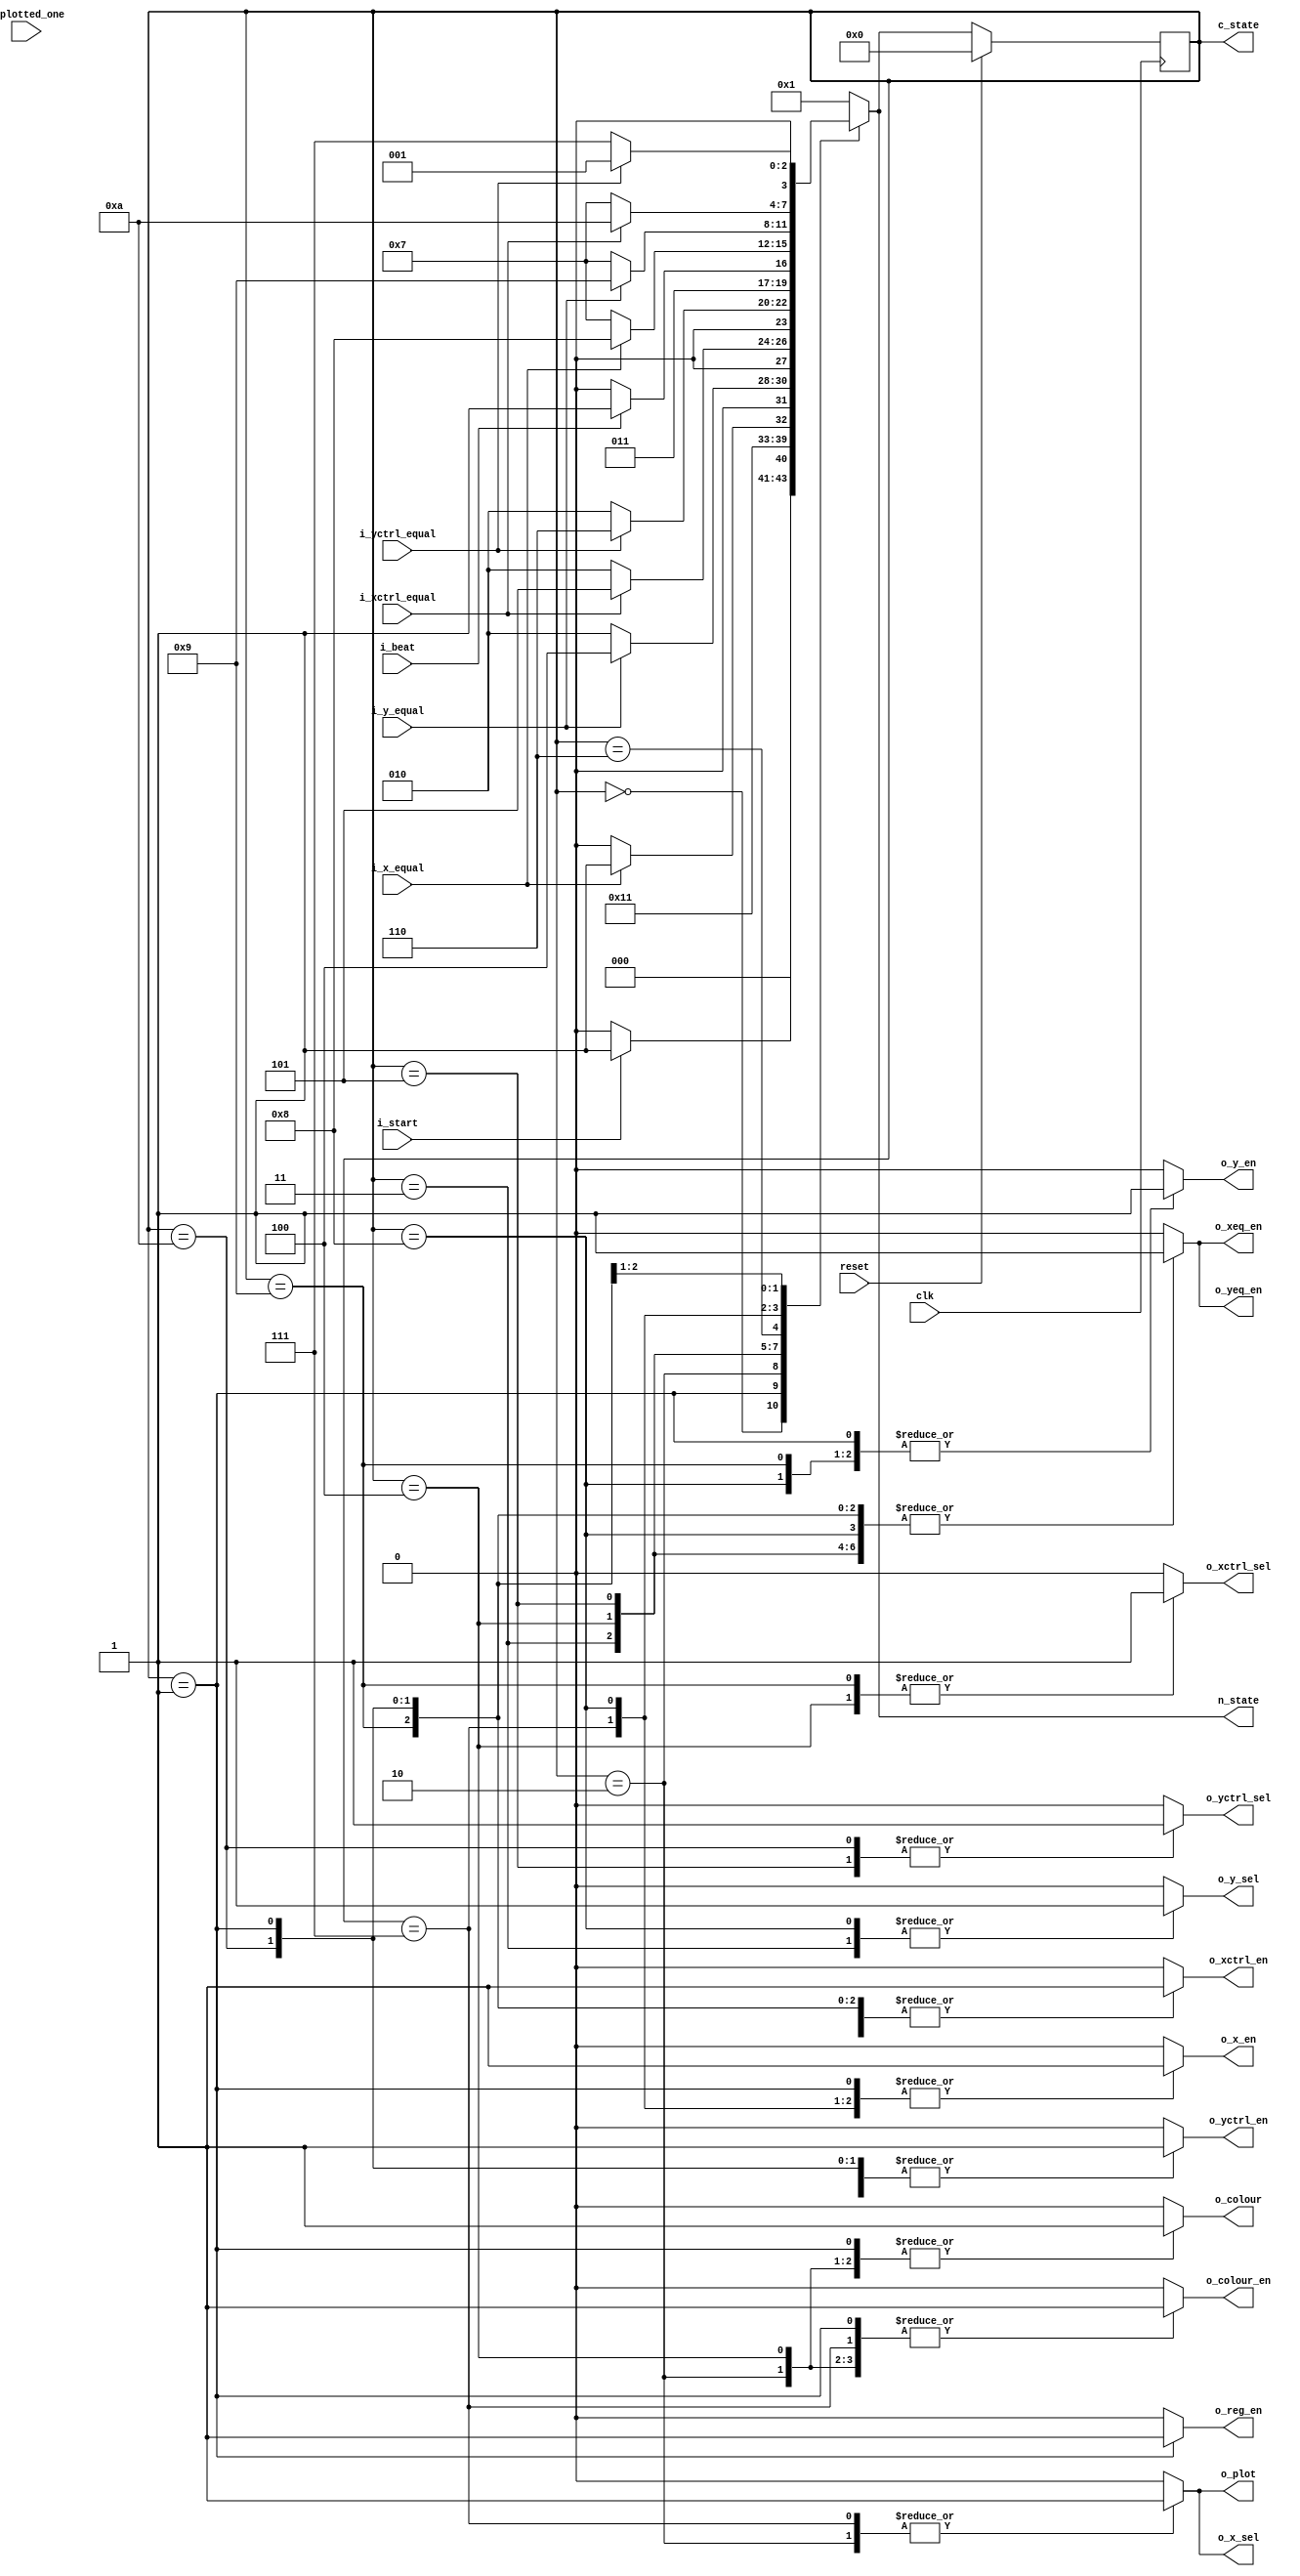
module control (
	input clk, reset,
	
	input i_beat, // Rate-driven clock
	input i_start, // Controls if we should start dropping keys
	
	input i_xctrl_equal,
	input i_yctrl_equal,
	
	input i_x_equal,
	input i_y_equal,
	
	input i_plotted_one,
	
	output reg o_xctrl_sel,
	output reg o_yctrl_sel,
	
	output reg o_colour,
	output reg o_colour_en,
	
	output reg o_xctrl_en,
	output reg o_yctrl_en,
	
	output reg o_x_en,
	output reg o_y_en,
	
	output reg o_x_sel,
	output reg o_y_sel,
	
	output reg o_xeq_en,
	output reg o_yeq_en,
	
	output reg o_reg_en,
	output reg o_plot,
	
	output reg [3:0] c_state, n_state
	
);

	reg [3:0] current_state, next_state;
	
	localparam	MAIN				= 4'd0,
					DEC_REG			= 4'd1,
					D_INC_X			= 4'd2,
					D_INC_Y			= 4'd3,
					D_INC_X_CTRL	= 4'd4,
					D_INC_Y_CTRL	= 4'd5,
					WAIT				= 4'd6,
					C_INC_X			= 4'd7,
					C_INC_Y			= 4'd8,
					C_INC_X_CTRL	= 4'd9,
					C_INC_Y_CTRL	= 4'd10,
					ERASE				= 4'd11;
	
	// state table
	always @ (*)
	begin: state_table
		case (current_state)
		
			MAIN:				next_state = i_start ? DEC_REG : MAIN;
			DEC_REG:			next_state = D_INC_X;
			
			D_INC_X:			next_state = i_x_equal ? D_INC_Y : D_INC_X;
			D_INC_Y:			next_state = i_y_equal ? D_INC_X_CTRL : D_INC_X;
			D_INC_X_CTRL:	next_state = i_xctrl_equal ? D_INC_Y_CTRL : D_INC_X;
			D_INC_Y_CTRL:	next_state = i_yctrl_equal ? WAIT : D_INC_X;
			
			WAIT:				next_state = i_beat ? C_INC_X : WAIT;
			
			C_INC_X:			next_state = i_x_equal ? C_INC_Y : C_INC_X;
			C_INC_Y:			next_state = i_y_equal ? C_INC_X_CTRL : C_INC_X;
			C_INC_X_CTRL:	next_state = i_xctrl_equal ? C_INC_Y_CTRL : C_INC_X;
			C_INC_Y_CTRL:	next_state = i_yctrl_equal ? DEC_REG : C_INC_X;
		
			default: next_state = DEC_REG;
		endcase
	end // state table
	
	
	always @ (*)
	begin: enable_signals
	
		c_state <= current_state;
		n_state <= next_state;
		
		o_reg_en <= 0;
		o_plot <= 0;
		o_xctrl_sel <= 0;
		o_xctrl_en <= 0;
		o_yctrl_sel <= 0;
		o_yctrl_en <= 0;
		o_colour <= 0;
		o_colour_en <= 0;
		o_x_sel <= 0;
		o_x_en <= 0;
		o_y_sel <= 0;
		o_y_en <= 0;
		o_xeq_en <= 0;
		o_yeq_en <= 0;
		
		case (current_state)
		
//			MAIN:
			
//			MAIN:
//			begin
//				
//			end
			
			DEC_REG:
			begin
			
				// enable register, don't plot
				o_reg_en <= 1;
				o_plot <= 0;
				
				// Set to 0
				o_xctrl_sel <= 0;
				o_xctrl_en <= 1;
				
				// Set to 0
				o_yctrl_sel <= 0;
				o_yctrl_en <= 1;
				
				// Colour: white
				o_colour <= 1;
				o_colour_en <= 1;
				
				// Set to initial
				o_x_sel <= 0;
				o_x_en <= 1;
				
				// Set to initial
				o_y_sel <= 0;
				o_y_en <= 1;
				
				// Set to initial
				o_xeq_en <= 1;
				o_yeq_en <= 1;
			end
			
			D_INC_X:
			begin
			
				// disable register, plot
//				o_reg_en <= 0;
				o_plot <= 1;
				
				// xctrl: disable
//				o_xctrl_sel <= 0;
//				o_xctrl_en <= 0;
				
				// yctrl: disable
//				o_yctrl_sel <= ;
//				o_yctrl_en <= ;
				
				// Colour: white
				o_colour <= 1;
				o_colour_en <= 1;
				
				// x: set to initial
				o_x_sel <= 1;
				o_x_en <= 1;
				
				// y: hold value
//				o_y_sel <= 1'bx;
//				o_y_en <= 0;
				
				// == values: hold value
				// CHECK: do these need to be set here or later is fine?
//				o_xeq_en <= 0;
//				o_yeq_en <= 0;
			end
			
			D_INC_Y:
			begin
				
				// disable register, disable plot
//				o_reg_en <= 0;
//				o_plot <= 0;
				
				// xctrl: disable
//				o_xctrl_sel <= ;
//				o_xctrl_en <= ;
				
				// yctrl: disable
//				o_yctrl_sel <= ;
//				o_yctrl_en <= ;
				
				// Don't care about colour: already done
//				o_colour <= 1;
//				o_colour_en <= 1;
				
				// x: reset
				// CHECK: will this change to the NEW ones or back to old?
				// CHECK: will we get off-by-one errors if we reset here and then immediately start counting at INC_X?
				o_x_sel <= 0;
				o_x_en <= 1;
				
				// y: set to initial
				o_y_sel <= 1;
				o_y_en <= 1;
				
				// == values: set to new values
				// CHECK: will this go to new or old?
				o_xeq_en <= 1;
				o_yeq_en <= 1;
			end
			
			D_INC_X_CTRL:
			begin
				
				// disable register, don't plot
//				o_reg_en <= 0;
//				o_plot <= 0;
				
				// xctrl: increment by 1
				o_xctrl_sel <= 1;
				o_xctrl_en <= 1;
				
				// yctrl: disable
//				o_yctrl_sel <= ;
//				o_yctrl_en <= 0;
				
				// Colour: white
				o_colour <= 1;
				o_colour_en <= 1;
				
				// x: disable
//				o_x_sel <= ;
//				o_x_en <= 0;
				
				// y: reset to start; one note plotted
				// CHECK: I'm suspicious of the y-value involved in this resetting
				o_y_sel <= 0;
				o_y_en <= 1;
				
				// == values: set to new values
				// CHECK: same thing about new or old values
				o_xeq_en <= 1;
				// CHECK: when should the y be changing? When should the x be changing?
				o_yeq_en <= 1;
			end
			
			D_INC_Y_CTRL:
			begin
				
				// disable register, don't plot
//				o_reg_en <= 0;
//				o_plot <= 0;
				
				// xctrl: reset
				o_xctrl_sel <= 0;
				o_xctrl_en <= 1;
				
				// yctrl: increment
				o_yctrl_sel <= 1;
				o_yctrl_en <= 1;
				
				// Don't care about colour: already done
//				o_colour <= 1;
//				o_colour_en <= 1;
				
				// x: disable
//				o_x_sel <= ;
//				o_x_en <= 0;
				
				// y: disable
				// CHECK: do we actually need to modify x or y at this point?
//				o_y_sel <= ;
//				o_y_en <= 0;
				
				// == values: set to new values
				// CHECK: will this go to new or old?
				o_xeq_en <= 1;
				o_yeq_en <= 1;
			end
			
//			WAIT:
//			begin

				// disable register, don't plot
//				o_reg_en <= 0;
//				o_plot <= 0;
				
				// xctrl: disable
//				o_xctrl_sel <= ;
//				o_xctrl_en <= 0;
				
				// yctrl: disable
//				o_yctrl_sel <= ;
//				o_yctrl_en <= 0;
				
				// Don't care about colour: already done
//				o_colour <= 1;
//				o_colour_en <= 1;
				
				// x: disable
//				o_x_sel <= ;
//				o_x_en <= 0;
				
				// y: disable
				// CHECK: do we actually need to modify x or y at this point?
//				o_y_sel <= ;
//				o_y_en <= 0;
				
				// == values: set to new values
				// CHECK: will this go to new or old?
//				o_xeq_en <= 1;
//				o_yeq_en <= 1;
//			end
			
			C_INC_X:
			begin
			
				// disable register, plot
//				o_reg_en <= 0;
				o_plot <= 1;
				
				// xctrl: disable
//				o_xctrl_sel <= 0;
//				o_xctrl_en <= 0;
				
				// yctrl: disable
//				o_yctrl_sel <= ;
//				o_yctrl_en <= ;
				
				// Colour: black
				o_colour <= 9'd0;
				o_colour_en <= 1;
				
				// x: set to initial
				o_x_sel <= 1;
				o_x_en <= 1;
				
				// y: hold value
//				o_y_sel <= 1'bx;
//				o_y_en <= 0;
				
				// == values: hold value
				// CHECK: do these need to be set here or later is fine?
//				o_xeq_en <= 0;
//				o_yeq_en <= 0;
			end
			
			C_INC_Y:
			begin
				
				// disable register, disable plot
//				o_reg_en <= 0;
//				o_plot <= 0;
				
				// xctrl: disable
//				o_xctrl_sel <= ;
//				o_xctrl_en <= ;
				
				// yctrl: disable
//				o_yctrl_sel <= ;
//				o_yctrl_en <= ;
				
				// Don't care about colour: already done
//				o_colour <= 1;
//				o_colour_en <= 1;
				
				// x: reset
				// CHECK: will this change to the NEW ones or back to old?
				// CHECK: will we get off-by-one errors if we reset here and then immediately start counting at INC_X?
				o_x_sel <= 0;
				o_x_en <= 1;
				
				// y: set to initial
				o_y_sel <= 1;
				o_y_en <= 1;
				
				// == values: set to new values
				// CHECK: will this go to new or old?
				o_xeq_en <= 1;
				o_yeq_en <= 1;
			end
			
			C_INC_X_CTRL:
			begin
				
				// disable register, don't plot
//				o_reg_en <= 0;
//				o_plot <= 0;
				
				// xctrl: increment by 1
				o_xctrl_sel <= 1;
				o_xctrl_en <= 1;
				
				// yctrl: disable
//				o_yctrl_sel <= ;
//				o_yctrl_en <= 0;
				
				// Colour: disable
//				o_colour <= ;
//				o_colour_en <= 0;
				
				// x: disable
//				o_x_sel <= ;
//				o_x_en <= 0;
				
				// y: reset to start; one note plotted
				// CHECK: I'm suspicious of the y-value involved in this resetting
				o_y_sel <= 0;
				o_y_en <= 1;
				
				// == values: set to new values
				// CHECK: same thing about new or old values
				o_xeq_en <= 1;
				// CHECK: when should the y be changing? When should the x be changing?
				o_yeq_en <= 1;
			end
			
			C_INC_Y_CTRL:
			begin
				
				// disable register, don't plot
//				o_reg_en <= 0;
//				o_plot <= 0;
				
				// xctrl: reset
				o_xctrl_sel <= 0;
				o_xctrl_en <= 1;
				
				// yctrl: increment
				o_yctrl_sel <= 1;
				o_yctrl_en <= 1;
				
				// Don't care about colour: already done
//				o_colour <= 1;
//				o_colour_en <= 1;
				
				// x: disable
//				o_x_sel <= ;
//				o_x_en <= 0;
				
				// y: disable
				// CHECK: do we actually need to modify x or y at this point?
//				o_y_sel <= ;
//				o_y_en <= 0;
				
				// == values: set to new values
				// CHECK: will this go to new or old?
				o_xeq_en <= 1;
				o_yeq_en <= 1;
			end
			
		endcase
			
	end // enable signals
	
    // current_state registers
    always@(posedge clk)
    begin: state_FFs
		if(reset)
			begin
				current_state <= MAIN;
			end
		else
//			begin
			current_state <= next_state;
//			end
	end // state_FFS
	
	
endmodule // control